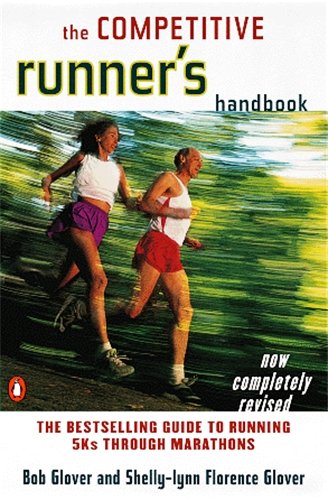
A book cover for The Competitive Runner's Handbook: The Bestselling Guide to Running 5Ks through Marathons; Bob Glover; Sports & Outdoors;